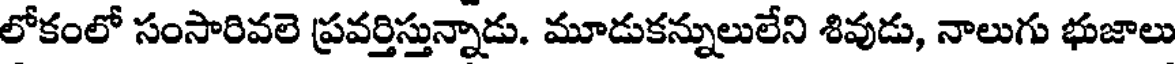
లోకంలో సంసారివలె ప్రవర్తిస్తున్నాడు. మూడుకన్నులులేని శివుడు, నాలుగు భుజాలు